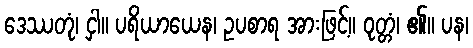
ဒေဿတုံ၊ ငှါ။ ပရိယာယေန၊ ဥပစာရ အားဖြင့်။ ဝုတ္တံ၊ ၏။ ပန၊